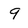
Character: 9